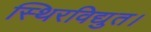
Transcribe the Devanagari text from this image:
स्थिरविद्युत।